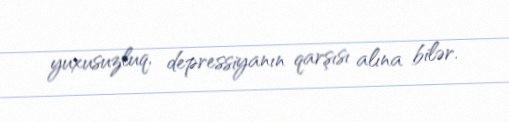
yuxusuzluq, depressiyanın qarşısı alına bilər.